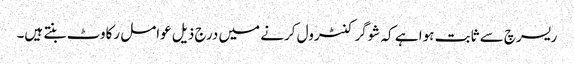
ریسرچ سے ثابت ہوا ہے کہ شوگر کنٹرول کرنے میں درج ذیل عوامل رکاوٹ بنتے ہیں۔